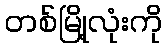
တစ်မြို့လုံးကို